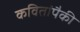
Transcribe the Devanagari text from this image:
कवितांपैकी